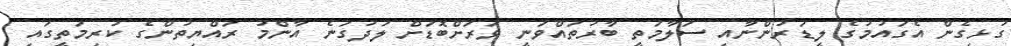
ގުޅިގެން އެގައުމުގެ ލީޑަރުންނާއި ސަލާމަތީ ބާރުތައްވަނީ ވަރަށްބޮޑަށް ލަދުގަނެ އާންމު ރައްޔިތުންގެ ކުރިމަތީގައި